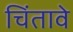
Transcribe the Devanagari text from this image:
चिंतावे